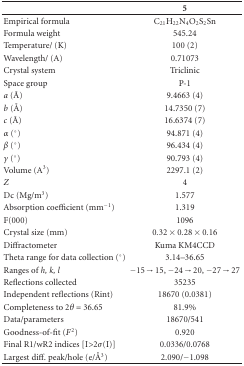
<table><thead><tr><td></td><td><b>5</b></td></tr></thead><tbody><tr><td>Empirical formula</td><td>C<sub>21 </sub>H<sub>22</sub>N<sub>4</sub>O<sub>2</sub>S<sub>2</sub>Sn</td></tr><tr><td>Formula weight</td><td>545.24</td></tr><tr><td>Temperature/ (K)</td><td>100 (2)</td></tr><tr><td>Wavelength/ (A)</td><td>0.71073</td></tr><tr><td>Crystal system</td><td>Triclinic</td></tr><tr><td>Space group</td><td>P-1</td></tr><tr><td><i>a</i> (Å)</td><td>9.4663 (4)</td></tr><tr><td><i>b</i> (Å)</td><td>14.7350 (7)</td></tr><tr><td><i>c</i> (Å)</td><td>16.6374 (7)</td></tr><tr><td><i>α</i> (°)</td><td>94.871 (4)</td></tr><tr><td><i>β</i> (°)</td><td>96.434 (4)</td></tr><tr><td><i>γ</i> (°)</td><td>90.793 (4)</td></tr><tr><td>Volume (A<sup>3</sup>)</td><td>2297.1 (2)</td></tr><tr><td><i>Z</i></td><td>4</td></tr><tr><td>Dc (Mg/m<sup>3</sup>)</td><td>1.577</td></tr><tr><td>Absorption coefficient (mm<sup>−1</sup>)</td><td>1.319</td></tr><tr><td>F(000)</td><td>1096</td></tr><tr><td>Crystal size (mm)</td><td>0.32 × 0.28 × 0.16</td></tr><tr><td>Diffractometer</td><td>Kuma KM4CCD</td></tr><tr><td>Theta range for data collection (°)</td><td>3.14–36.65</td></tr><tr><td>Ranges of <i>h, k, l </i></td><td>−15→15, −24→20, −27→27</td></tr><tr><td>Reflections collected</td><td>35235</td></tr><tr><td>Independent reflections (Rint)</td><td>18670 (0.0381)</td></tr><tr><td>Completeness to 2<i>θ</i> = 36.65</td><td>81.9%</td></tr><tr><td>Data/parameters</td><td>18670/541</td></tr><tr><td>Goodness-of-fit (<i>F</i><sup>2</sup>)</td><td>0.920</td></tr><tr><td>Final R1/wR2 indices [I&gt;2<i>σ</i>(I)]</td><td>0.0336/0.0768</td></tr><tr><td>Largest diff. peak/hole (e/Å<sup>3</sup>)</td><td>2.090/−1.098</td></tr></tbody></table>